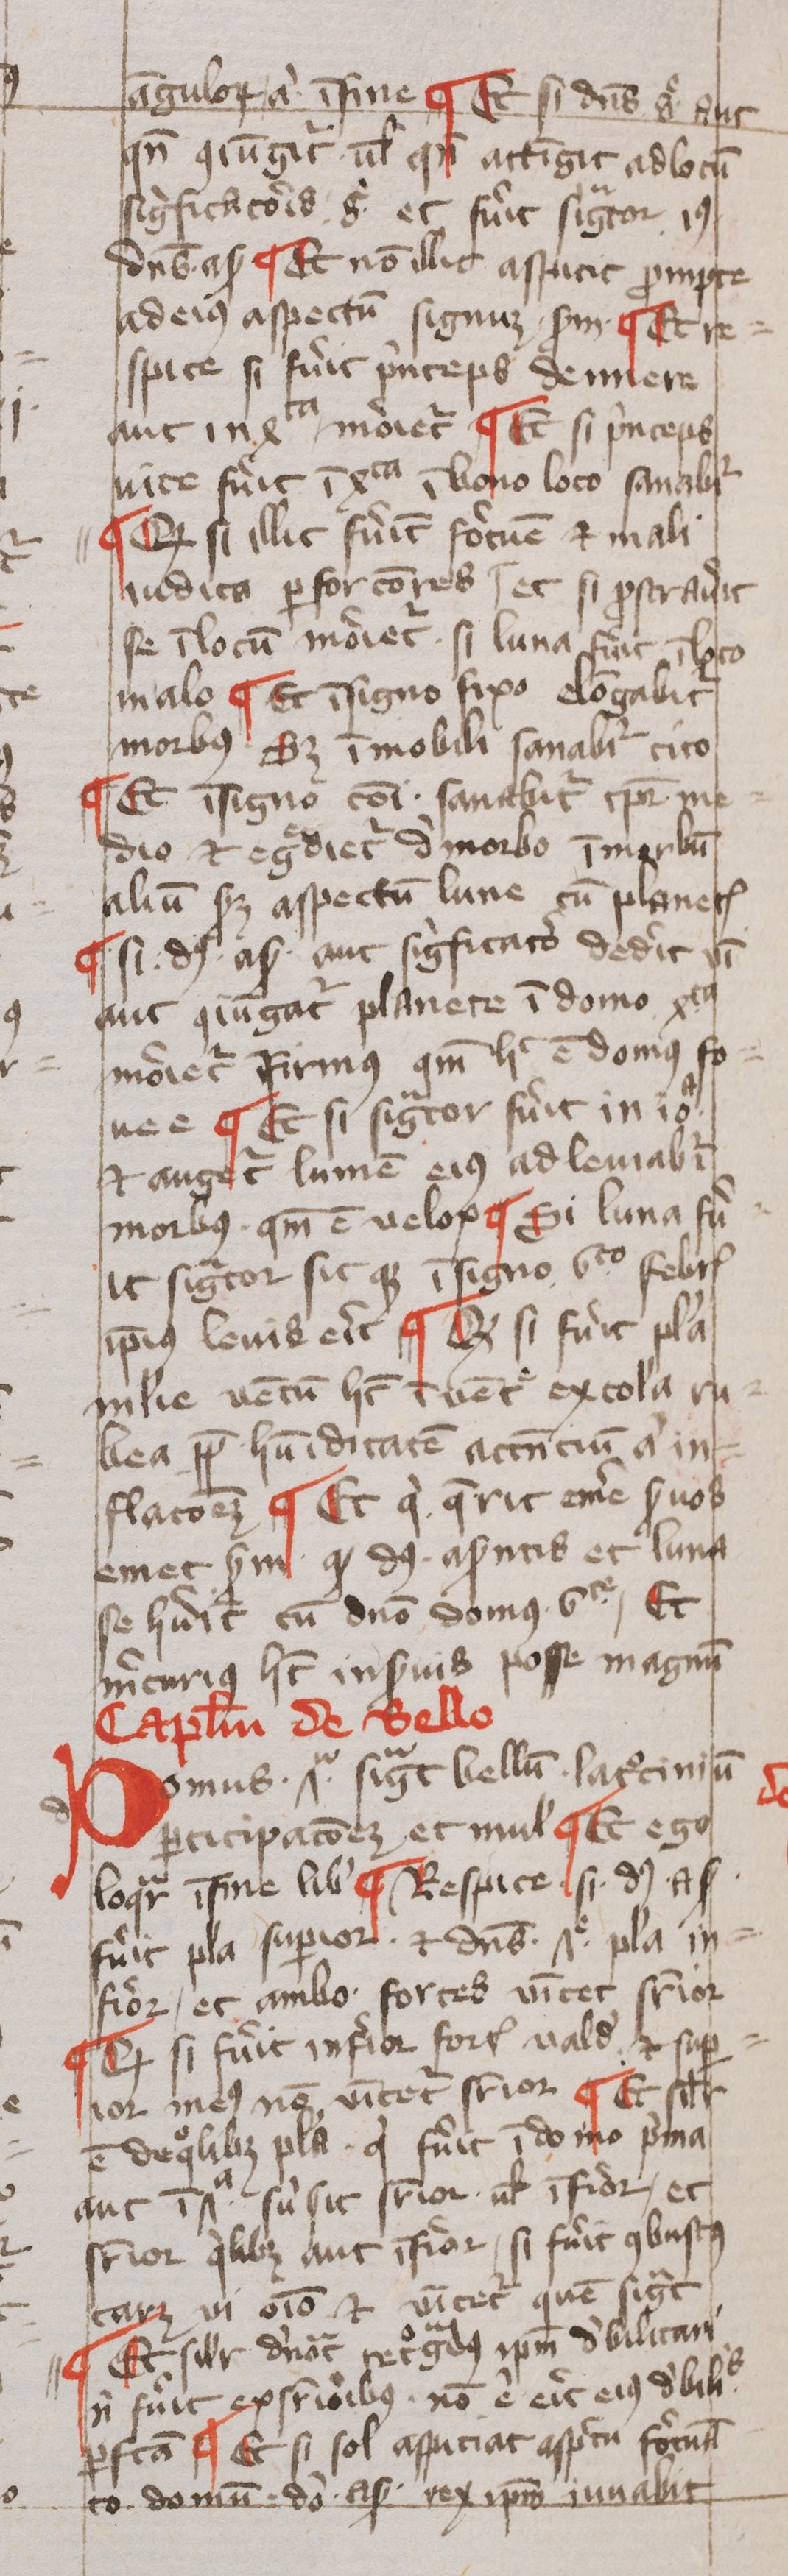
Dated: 1400–1499